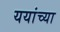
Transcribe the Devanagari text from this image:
ययांच्या